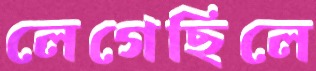
লেগেছিলে